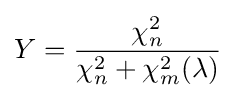
Y={\frac {\chi _{n}^{2}}{\chi _{n}^{2}+\chi _{m}^{2}(\lambda )}}